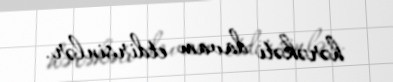
hərəkəti davam etdirsinlər.